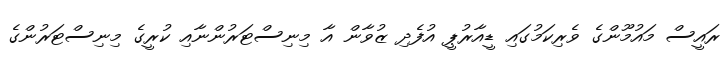
ރައީސް މައުމޫންގެ ވެރިކަމުގައި ޑީއާރުޕީ އުފެދި ޒުވާން އާ މިނިސްޓަރުންނާއި ކުރީގެ މިނިސްޓަރުންގެ